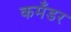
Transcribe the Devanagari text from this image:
कमॅंडर